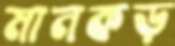
মানকড়